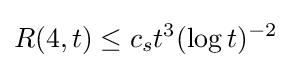
R(4,t)\leq c_{s}t^{3}(\log t)^{-2}